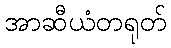
အာဆီယံတရုတ်